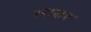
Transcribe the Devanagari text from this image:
स्टडर